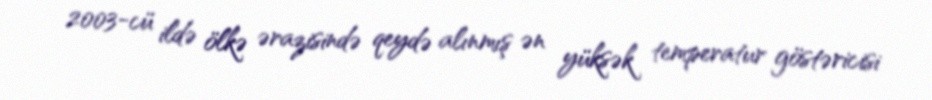
2003-cü ildə ölkə ərazisində qeydə alınmış ən yüksək temperatur göstəricisi